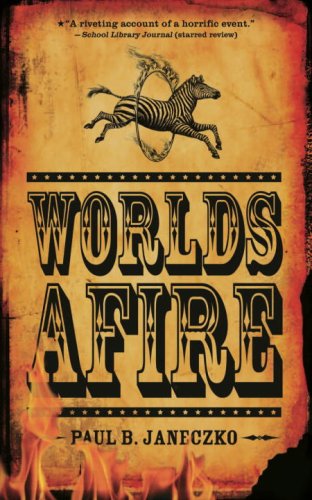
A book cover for Worlds Afire; Paul B. Janeczko; Teen & Young Adult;